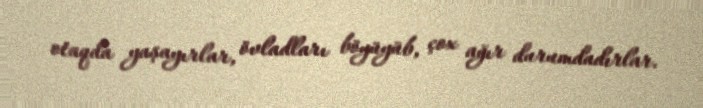
otaqda yaşayırlar, övladları böyüyüb, çox ağır durumdadırlar.